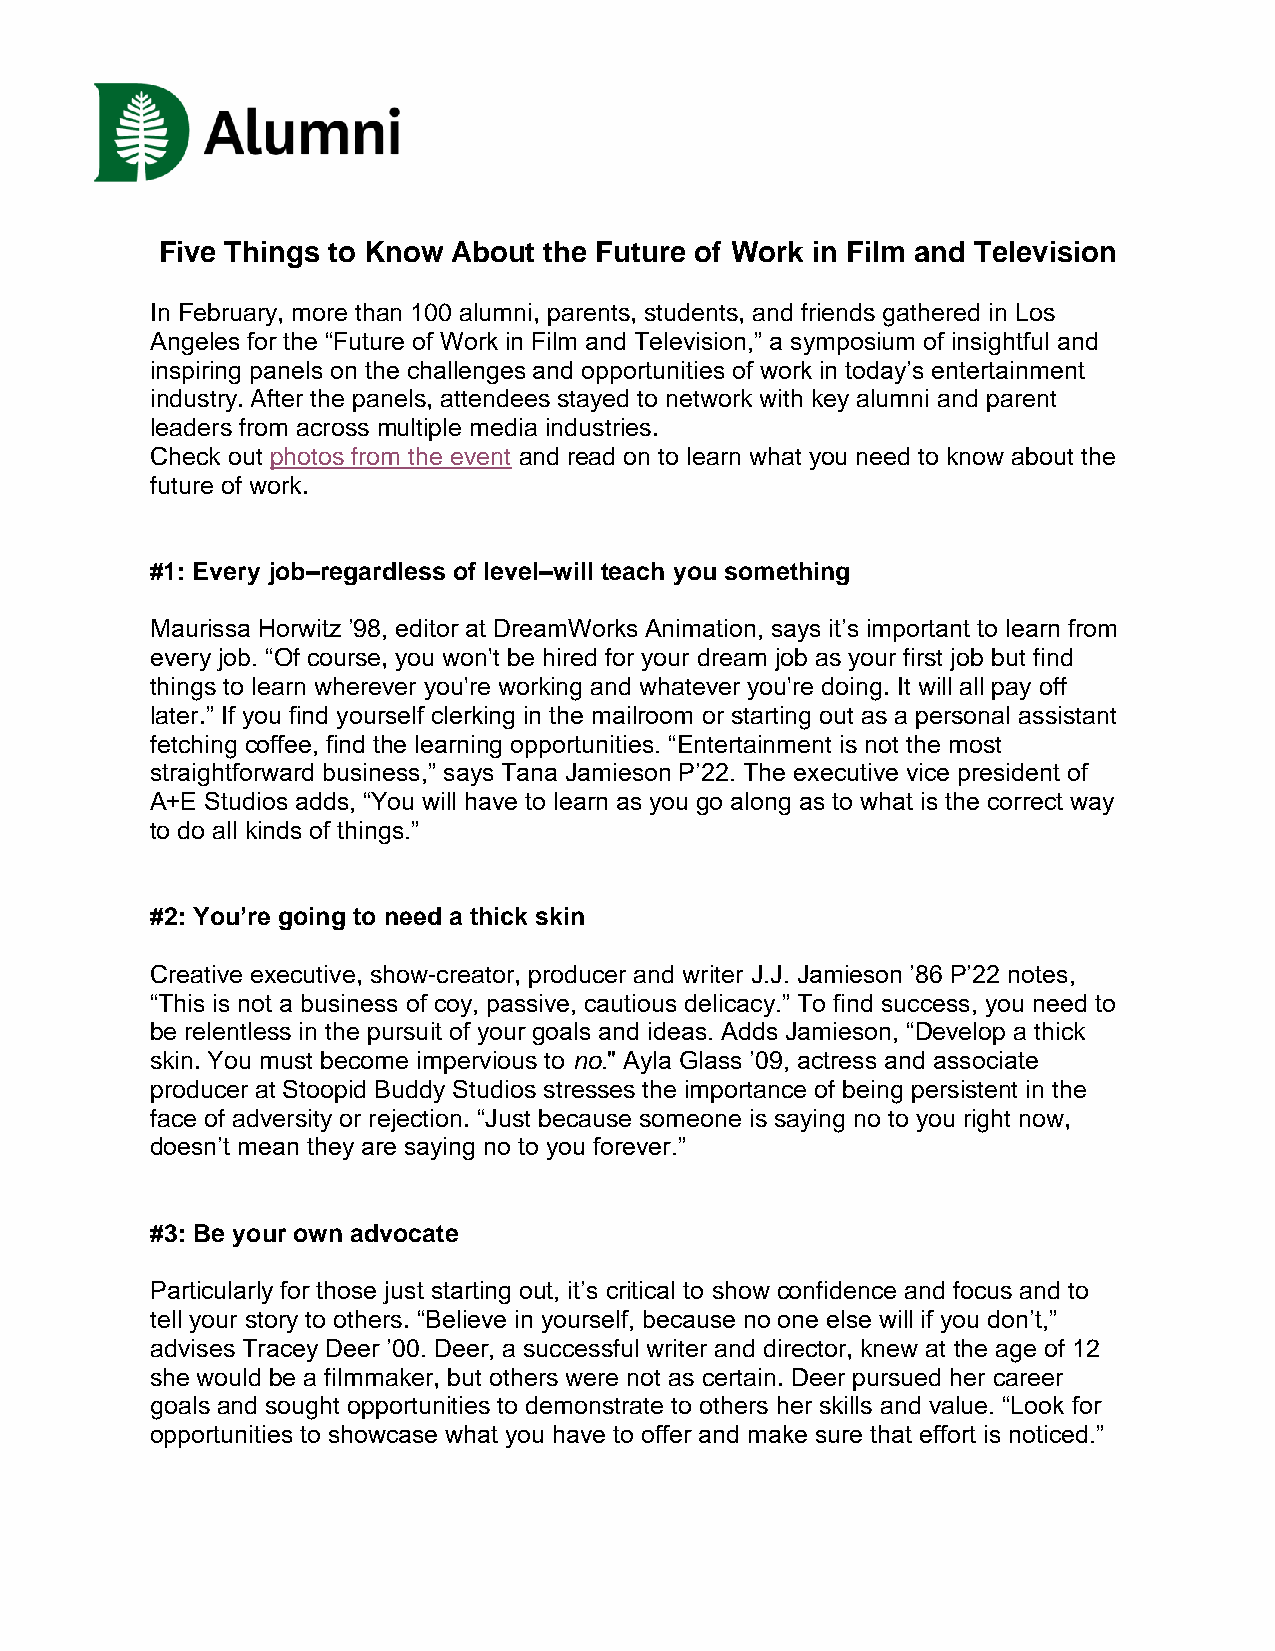
Five Things to Know About the Future of Work in Film and Television
 In February, more than 100 alumni, parents, students, and friends gathered in Los
 Angeles for the “Future of Work in Film and Television,” a symposium of insightful and
 inspiring panels on the challenges and opportunities of work in today’s entertainment
 industry. After the panels, attendees stayed to network with key alumni and parent
 leaders from across multiple media industries.
 Check out photos from the event and read on to learn what you need to know about the
 future of work.
 #1: Every job–regardless of level–will teach you something
 Maurissa Horwitz ’98, editor at DreamWorks Animation, says it’s important to learn from
 every job. “Of course, you won't be hired for your dream job as your first job but find
 things to learn wherever you're working and whatever you're doing. It will all pay off
 later.” If you find yourself clerking in the mailroom or starting out as a personal assistant
 fetching coffee, find the learning opportunities. “Entertainment is not the most
 straightforward business,” says Tana Jamieson P’22. The executive vice president of
 A+E Studios adds, “You will have to learn as you go along as to what is the correct way
 to do all kinds of things.”
 #2: You’re going to need a thick skin
 Creative executive, show-creator, producer and writer J.J. Jamieson ’86 P’22 notes,
 “This is not a business of coy, passive, cautious delicacy.” To find success, you need to
 be relentless in the pursuit of your goals and ideas. Adds Jamieson, “Develop a thick
 skin. You must become impervious to no." Ayla Glass ’09, actress and associate
 producer at Stoopid Buddy Studios stresses the importance of being persistent in the
 face of adversity or rejection. “Just because someone is saying no to you right now,
 doesn’t mean they are saying no to you forever.”
 #3: Be your own advocate
 Particularly for those just starting out, it’s critical to show confidence and focus and to
 tell your story to others. “Believe in yourself, because no one else will if you don’t,”
 advises Tracey Deer ’00. Deer, a successful writer and director, knew at the age of 12
 she would be a filmmaker, but others were not as certain. Deer pursued her career
 goals and sought opportunities to demonstrate to others her skills and value. “Look for
 opportunities to showcase what you have to offer and make sure that effort is noticed.”